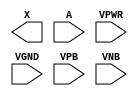
module sky130_fd_sc_hd__clkdlybuf4s15 (
    X   ,
    A   ,
    VPWR,
    VGND,
    VPB ,
    VNB
);

    output X   ;
    input  A   ;
    input  VPWR;
    input  VGND;
    input  VPB ;
    input  VNB ;
endmodule